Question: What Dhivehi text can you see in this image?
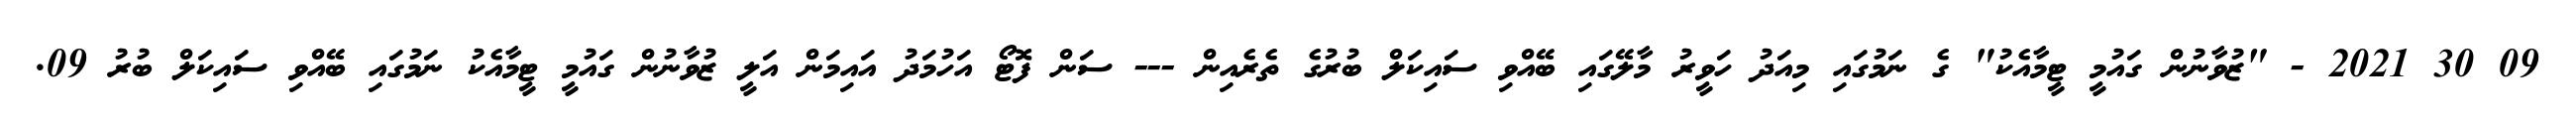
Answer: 09 30 2021 - "ޒުވާނުން ގައުމީ ޓީމާއެކު" ގެ ނަމުގައި މިއަދު ހަވީރު މާލޭގައި ބޭއްވި ސައިކަލް ބުރުގެ ތެރެއިން --- ސަން ފޮޓޯ އަހުމަދު އައިމަން އަލީ ޒުވާނުން ގައުމީ ޓީމާއެކު ނަމުގައި ބޭއްވި ސައިކަލް ބުރު 09.